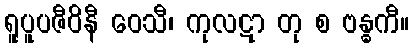
ရူပူပဇီဝိနီ ဝေသီ၊ ကုလဋာ တု စ ဗန္ဓကီ။